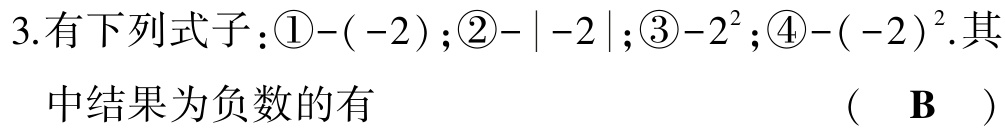
3.有下列式子：\textcircled{1}$-(-2)$；\textcircled{2}$-|-2|$；\textcircled{3}$-2^{2}$；\textcircled{4}$-(-2)^{2}$.其中结果为负数的有  (  B  )